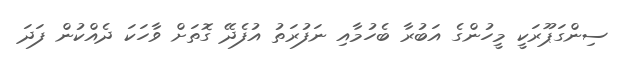
ސިންގަޕޫރަކީ މީހުންގެ އަބުރާ ބެހުމާއި ނަފުރަތު އުފެދޭ ގޮތަށް ވާހަކަ ދެއްކުން ފަދަ